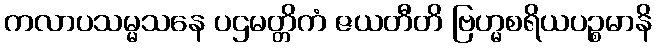
ကလာပသမ္မသနေ ပဌမတ္တိကံ ဇယတီတိ ဗြဟ္မစရိယပဉ္စမာနိ